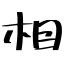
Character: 相